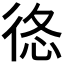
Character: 𢓿